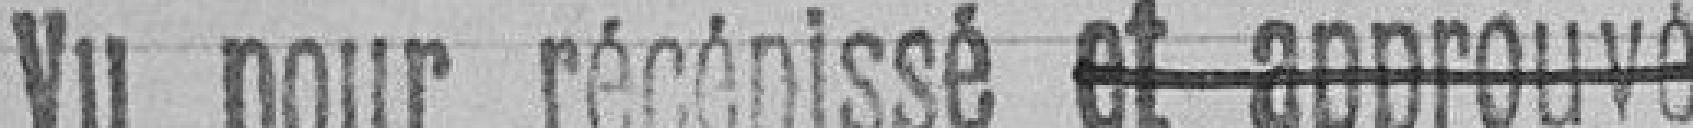
Vu pour récépissé et approuvé